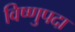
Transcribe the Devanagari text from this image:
विष्‍णुपदा